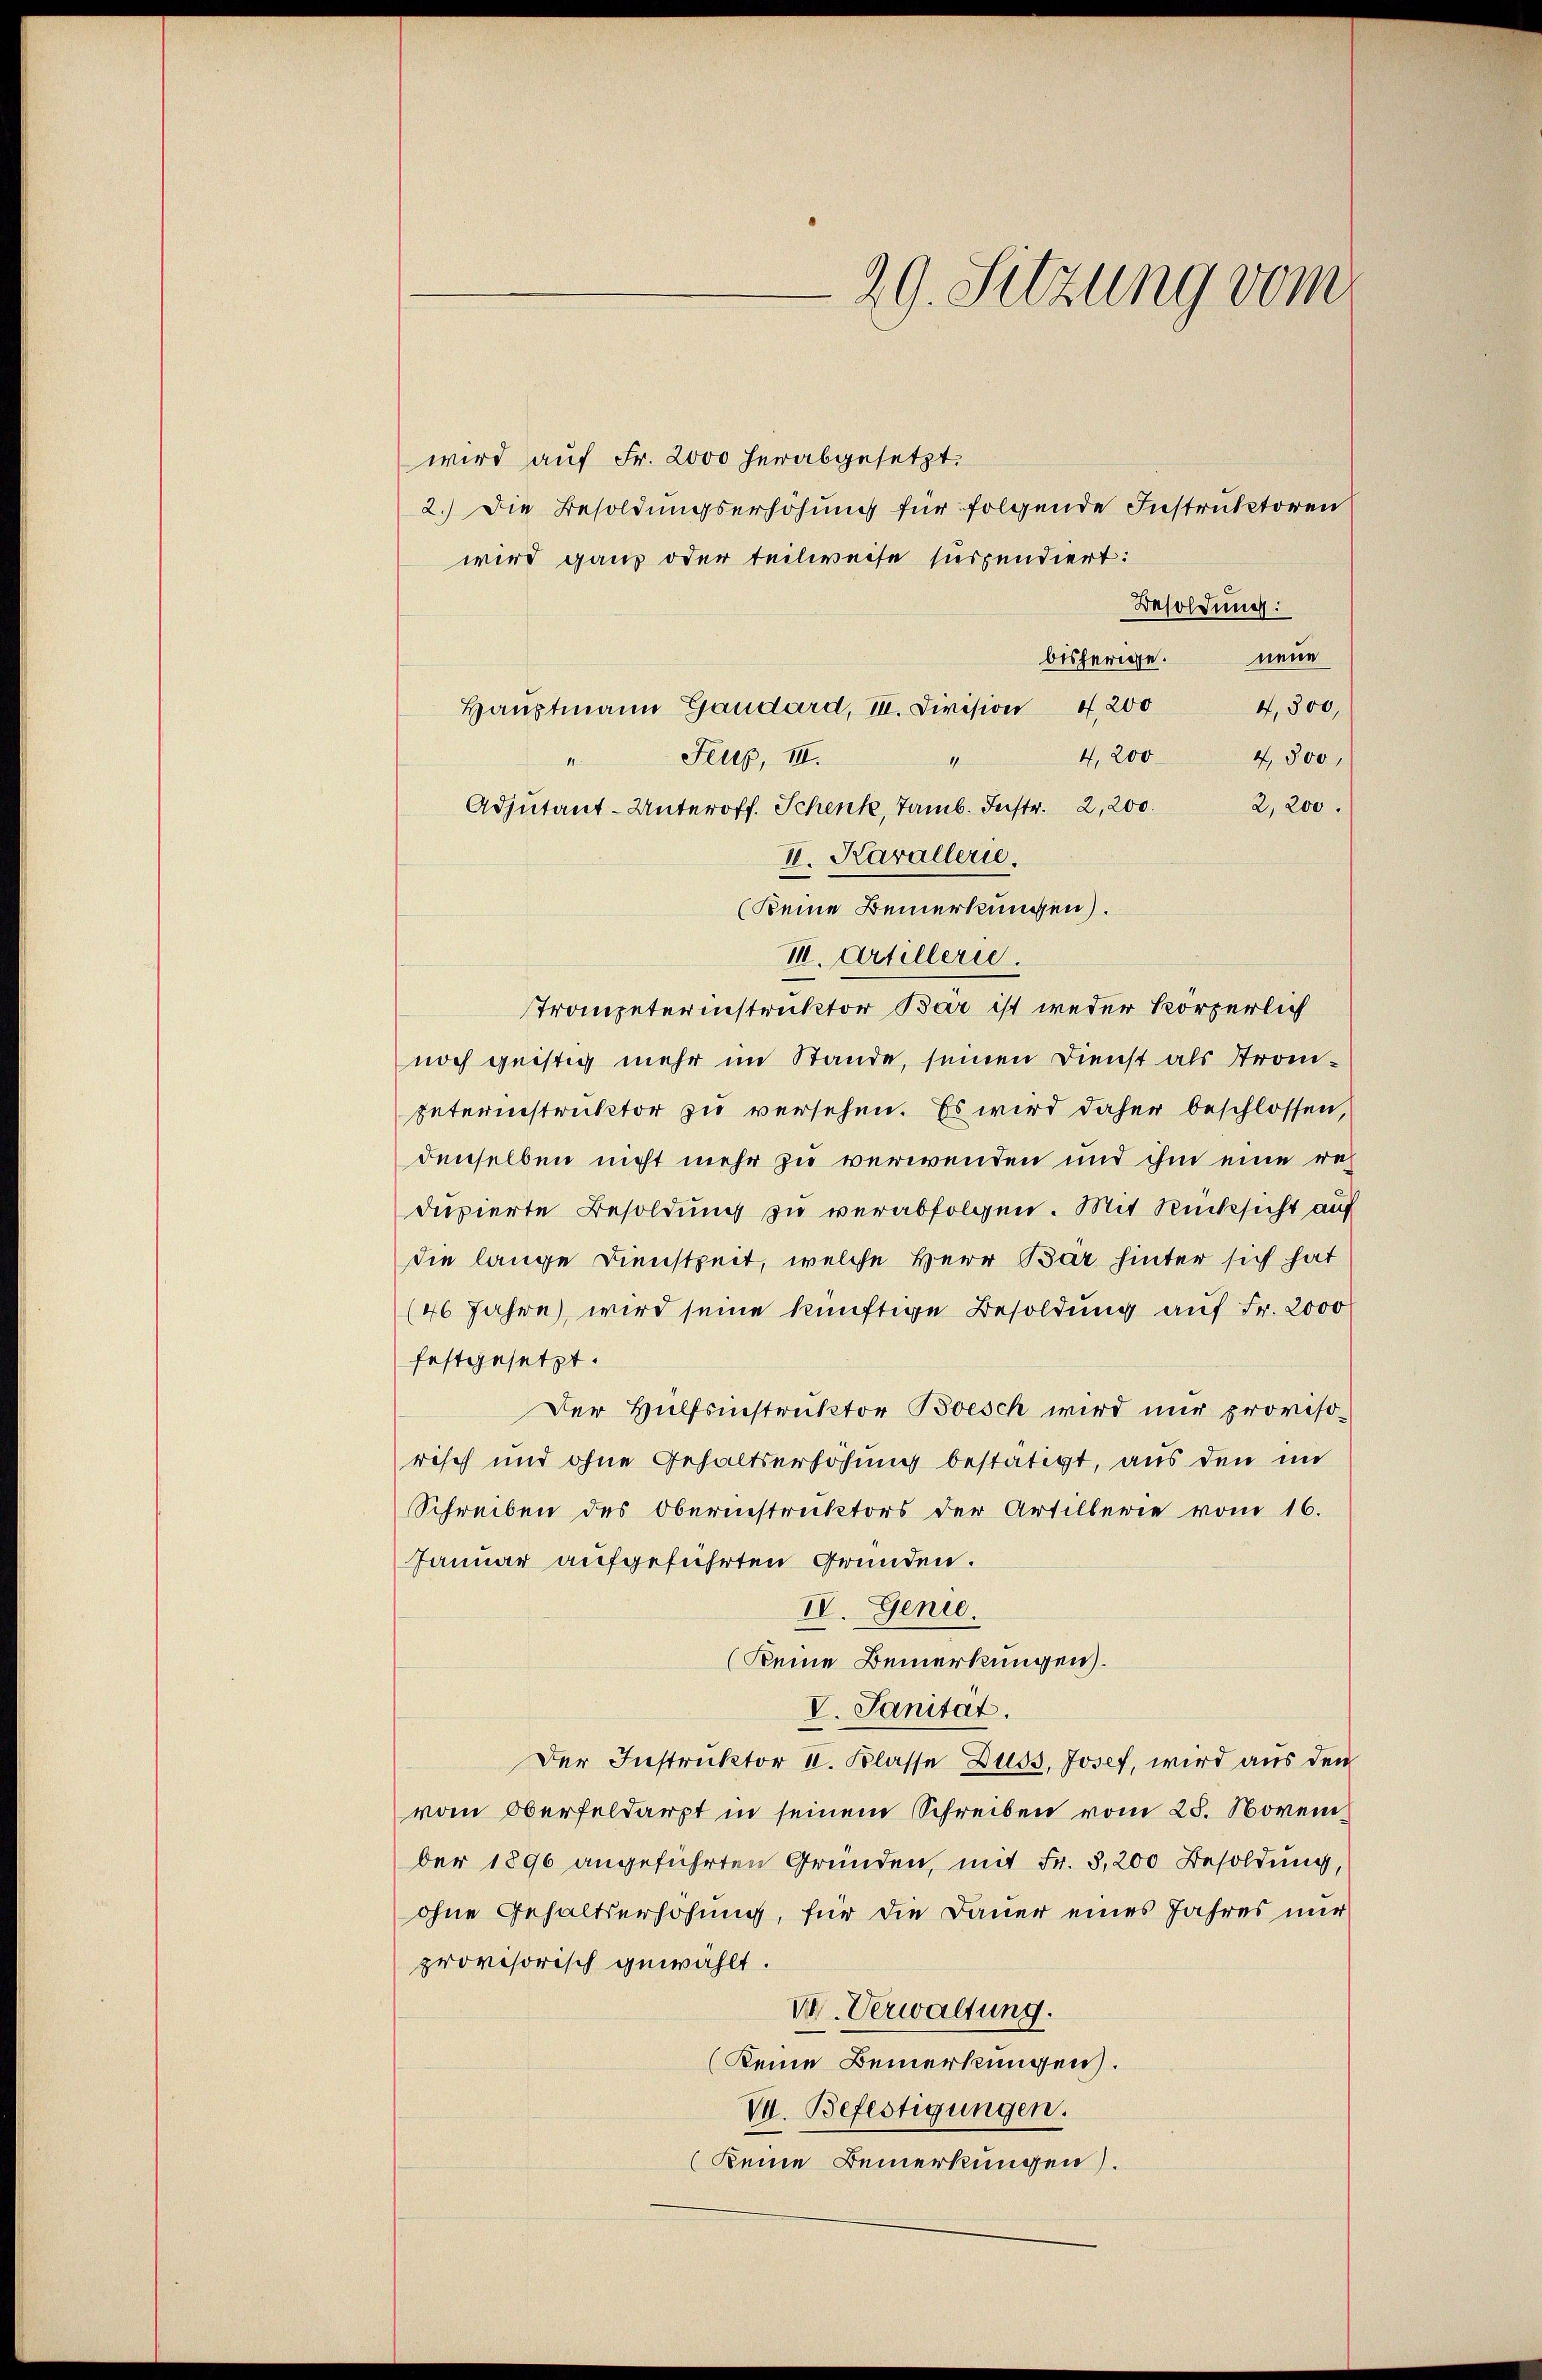
29. Sitzung vom

wird auf Fr. 2000 herabgesetzt.
2.) Die Besoldungserhöhung für folgende Instruktoren
wird ganz oder teilweise suspendiert:
Besoldung:
nene
bisherige.
4,300,
Hauptmann Gaudard, III. Division 4,200
4. 200
Feup, II.
4,500,
2,200.
Adjutant-Unteroff. Schenk, Tamb. Instr. 2,200.
II. Karallerie
(Keine Bemerkungen).
II. Artillerie.
Trompeterinstruktor Bär ist weder körperlich
noch geistig mehr im Stande, seinen Dienst als Strom¬
Interinstruktor zu versehen. Es wird daher beschlossen,
denselben nicht mehr zu verwenden und ihm eine redupierte Besoldung zu verabfolgen. Mit Rücksicht auf
die lange Dienstzeit, welche Herr Bar hinter sich hat
(46 Jahre, wird seine künftige Besoldung auf Fr. 2000
festgesetzt.
Der Hülfsinstruktor Besch wird nur provisorisch und ohne Gehaltserhöhung bestätigt, aus den im
Schreiben des Obernistruktors der Artillerie vom 16.
Januar aufgeführten Gründen.
IV. Genie.
(Keine Bemerkungen.
V. Sanitat.
Der Instruktor II. Klasse Duss, Josef, wird aus den
vom Oberfeldarzt in seinem Schreiben vom 28. November 1890 angeführten Gründen, mit Fr. 3,200 Besoldung,
ohne Gehaltserhöhung, für die Dauer eines Jahres nur
provisorisch gewählt.
VII. Verwaltung.
(keine Bemerkungen.
VI. Befestigungen.
Keine Bemerkungen).